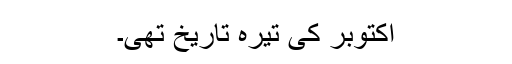
اکتوبر کی تیرہ تاریخ تھی۔